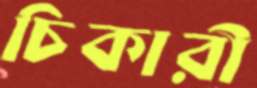
চিকারী